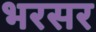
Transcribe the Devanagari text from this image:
भरसर